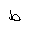
Letter: _da